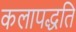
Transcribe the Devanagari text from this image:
कलापद्धति